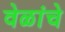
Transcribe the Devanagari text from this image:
वेळांचे